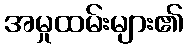
အမှုထမ်းများ၏